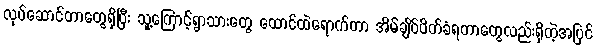
လုပ်ဆောင်တာတွေရှိပြီး သူ့ကြောင့်ရွာသားတွေ ထောင်ထဲရောက်တာ အိမ်ချိပ်ပိတ်ခံရတာတွေလည်းရှိတဲ့အပြင်